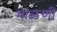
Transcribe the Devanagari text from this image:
माळणी